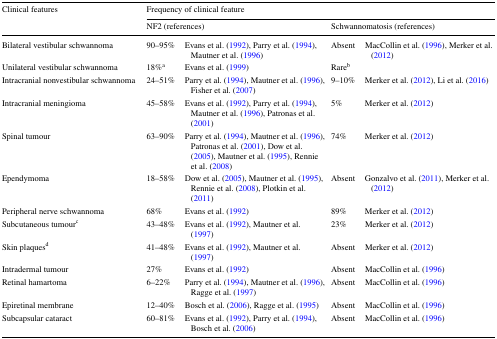
| <ROWSPAN=2> Clinical features | <COLSPAN=4> Frequency of clinical feature |
 | <COLSPAN=2> NF2 (references) | <COLSPAN=2> Schwannomatosis (references) |
 | --- | --- | --- | --- | --- |
 | Bilateral vestibular schwannoma | 90–95% | Evans et al. (1992), Parry et al. (1994), Mautner et al. (1996) | Absent | MacCollin et al. (1996), Merker et al. (2012) |
 | Unilateral vestibular schwannoma | 18%a | Evans et al. (1999) | Rareb |  |
 | Intracranial nonvestibular schwannoma | 24–51% | Parry et al. (1994), Mautner et al. (1996), Fisher et al. (2007) | 9–10% | Merker et al. (2012), Li et al. (2016) |
 | Intracranial meningioma | 45–58% | Evans et al. (1992), Parry et al. (1994), Mautner et al. (1996), Patronas et al. (2001) | 5% | Merker et al. (2012) |
 | Spinal tumour | 63–90% | Parry et al. (1994), Mautner et al. (1996), Patronas et al. (2001), Dow et al. (2005), Mautner et al. (1995), Rennie et al. (2008) | 74% | Merker et al. (2012) |
 | Ependymoma | 18–58% | Dow et al. (2005), Mautner et al. (1995), Rennie et al. (2008), Plotkin et al. (2011) | Absent | Gonzalvo et al. (2011), Merker et al. (2012) |
 | Peripheral nerve schwannoma | 68% | Evans et al. (1992) | 89% | Merker et al. (2012) |
 | Subcutaneous tumourc | 43–48% | Evans et al. (1992), Mautner et al. (1997) | 23% | Merker et al. (2012) |
 | Skin plaquesd | 41–48% | Evans et al. (1992), Mautner et al. (1997) | Absent | Merker et al. (2012) |
 | Intradermal tumour | 27% | Evans et al. (1992) | Absent | MacCollin et al. (1996) |
 | Retinal hamartoma | 6–22% | Parry et al. (1994), Mautner et al. (1996), Ragge et al. (1997) | Absent | MacCollin et al. (1996) |
 | Epiretinal membrane | 12–40% | Bosch et al. (2006), Ragge et al. (1995) | Absent | MacCollin et al. (1996) |
 | Subcapsular cataract | 60–81% | Evans et al. (1992), Parry et al. (1994), Bosch et al. (2006) | Absent | MacCollin et al. (1996) |